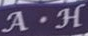
A.H